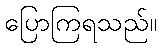
ပြောကြရသည်။